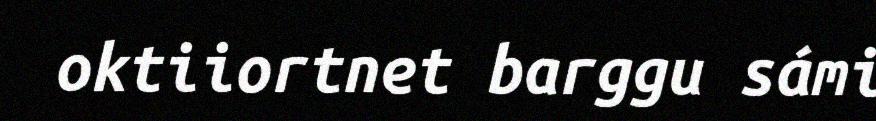
oktiiortnet barggu sámi